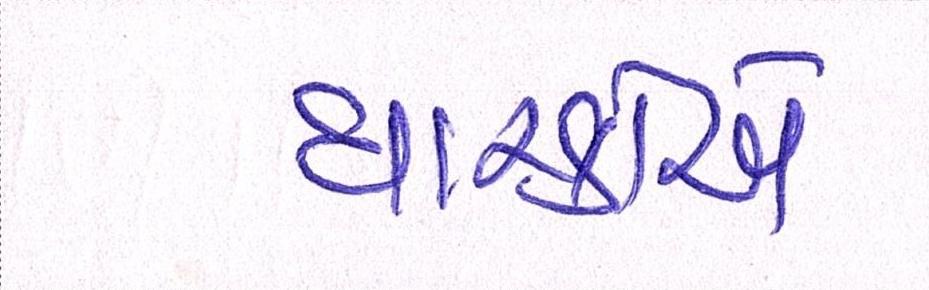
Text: ધારકોએ